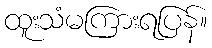
ထူးသံမကြားရပြန်။